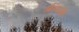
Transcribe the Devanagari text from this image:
औरंगजेबी